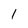
Character: 1